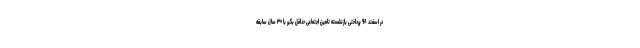
در اسفند ۹۸ پرداختی بازنشسته تامین اجتماعی حداقل بگیر با ۳۰ سال سابقه